Vaccination in Bombay 1863-1868 - 1863-1868
Year: 1863
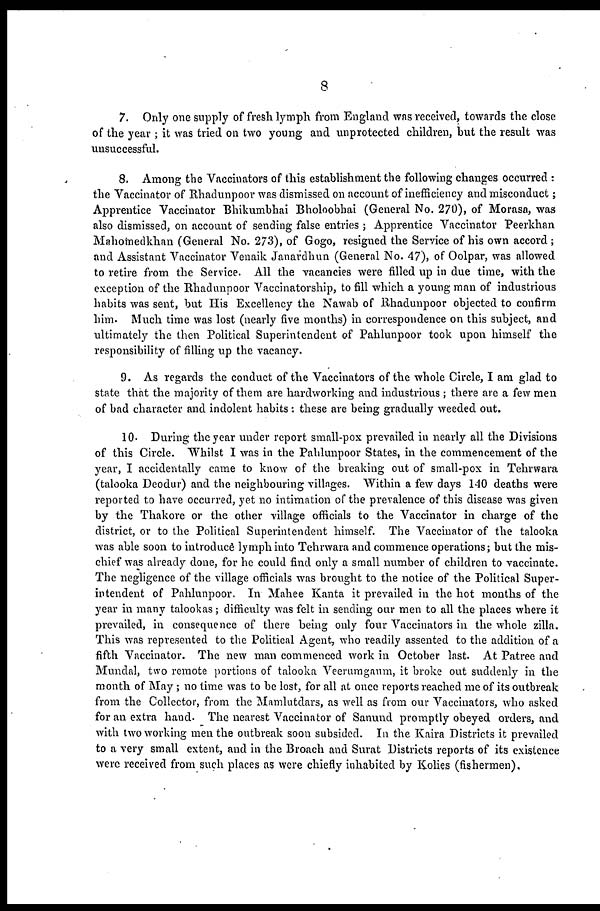
8
7. Only one supply of fresh lymph from England was received, towards the close
of the year ; it was tried on two young and unprotected children, but the result was
unsuccessful.
8. Among the Vaccinators of this establishment the following changes occurred :
the Vaccinator of Rhadunpoor was dismissed on account of inefficiency and misconduct;
Apprentice Vaccinator Bhikumbhai Bholoobhai (General No. 270), of Morasa, was
also dismissed, on account of sending false entries ; Apprentice Vaccinator Peerkhan
Mahomedkhan (General No. 273), of Gogo, resigned the Service of his own accord;
and Assistant Vaccinator Venaik Janardhun (General No. 47), of Oolpar, was allowed
to retire from the Service. All the vacancies were filled up in due time, with the
exception of the Rhadunpoor Vaccinatorship, to fill which a young man of industrious
habits was sent, but His Excellency the Nawab of Rhadunpoor objected to confirm
him. Much time was lost (nearly five months) in correspondence on this subject, and
ultimately the then Political Superintendent of Pahlunpoor took upon himself the
responsibility of filling up the vacancy.
9. As regards the conduct of the Vaccinators of the whole Circle, I am glad to
state that the majority of them are hardworking and industrious ; there are a few men
of bad character and indolent habits : these are being gradually weeded out.
10. During the year under report small-pox prevailed in nearly all the Divisions
of this Circle. Whilst I was in the Pahlunpoor States, in the commencement of the
year, I accidentally came to know of the breaking out of small-pox in Tehrwara
(talooka Deodur) and the neighbouring villages. Within a few days 140 deaths were
reported to have occurred, yet no intimation of the prevalence of this disease was given
by the Thakore or the other village officials to the Vaccinator in charge of the
district, or to the Political Superintendent himself. The Vaccinator of the talooka
was able soon to introduce lymph into Tehrwara and commence operations; but the mis-
chief was already done, for he could find only a small number of children to vaccinate.
The negligence of the village officials was brought to the notice of the Political Super-
intendent of Pahlunpoor. In Mahee Kanta it prevailed in the hot months of the
year in many talookas; difficulty was felt in sending our men to all the places where it
prevailed, in consequence of there being only four Vaccinators in the whole zilla.
This was represented to the Political Agent, who readily assented to the addition of a
fifth Vaccinator. The new man commenced work in October last. At Patree and
Mundal, two remote portions of talooka Veerumgaum, it broke out suddenly in the
month of May; no time was to be lost, for all at once reports reached me of its outbreak
from the Collector, from the Mamlutdars, as well as from our Vaccinators, who asked
for an extra hand. The nearest Vaccinator of Sanund promptly obeyed orders, and
with two working men the outbreak soon subsided. In the Kaira Districts it prevailed
to a very small extent, and in the Broach and Surat Districts reports of its existence
were received from such places as were chiefly inhabited by Kolies (fishermen).